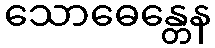
သောဓေန္တေန